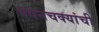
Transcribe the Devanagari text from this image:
पवनचक्यांची